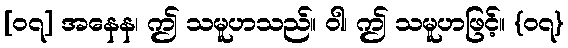
[၀၇] အနေန၊ ဤ သမူဟသည်။ ဝါ၊ ဤ သမူဟဖြင့်။ {၀၇}